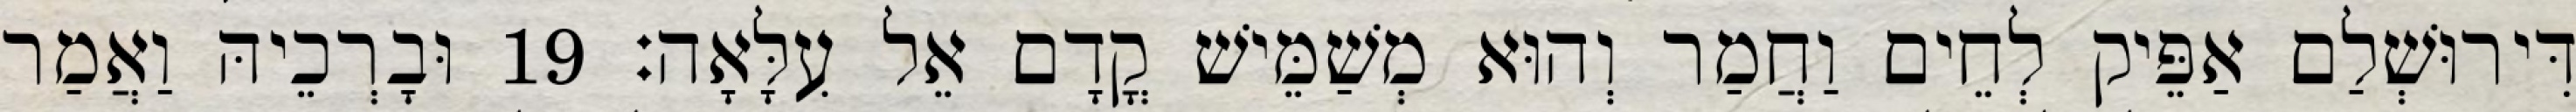
דִּירוּשְׁלַם אַפֵּיק לְחֵים וַחֲמַר וְהוּא מְשַׁמֵּישׁ קֳדָם אֵל עִלָּאָה׃ 19 וּבָרְכֵיהּ וַאֲמַר